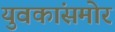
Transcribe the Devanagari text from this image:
युवकांसमोर